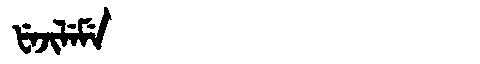
Manchu: ᡶᡝᠵᡳᠯᡝᠮᡝ
Romanization: FEJILEME